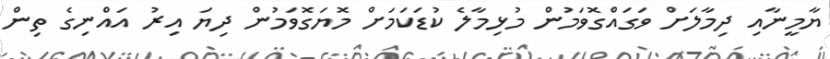
ޔާމީނާއި ދިމާލަށް ވަގައްގޮވަމުން މުޅިމާލެ ކުޑަކަމަށް މޮޔަގޮވަމުން ދިޔަ އިރު އައްނިގެ ތިން